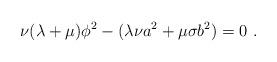
LaTeX: \begin{align*} \nu(\lambda+\mu)\phi^2-(\lambda\nu a^2+\mu\sigma b^2)=0~.\end{align*}